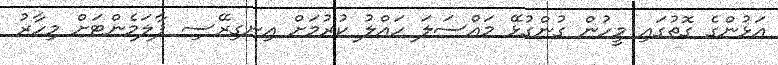
އަޅުންގެ ގޮތުގައި މީހުން ގުންގުޅޭ މައްސަލަ ހައްލު ކުރުމަށް އިނގިރޭސި ޕާލަމެންޓަށް މިހާރު